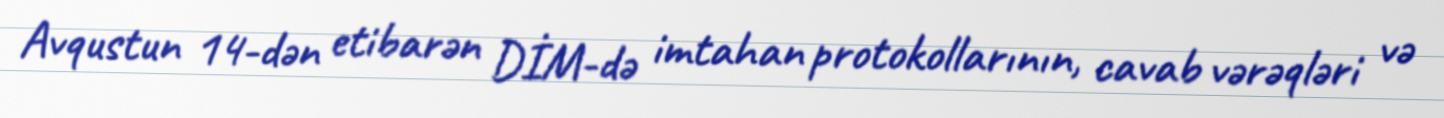
Avqustun 14-dən etibarən DİM-də imtahan protokollarının, cavab vərəqləri və